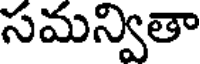
సమన్వితా